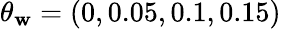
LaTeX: \theta_{\mathbf{w}}=(0,0.05,0.1,0.15)